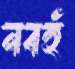
নবহুঁ